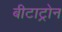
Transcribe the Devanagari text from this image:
बीटाट्रोन